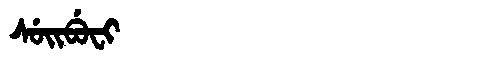
Manchu: ᠰᡠᡳᠪᡠᠸᡳ
Romanization: SUIBUFI